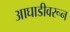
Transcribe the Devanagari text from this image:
आघाडीवरून